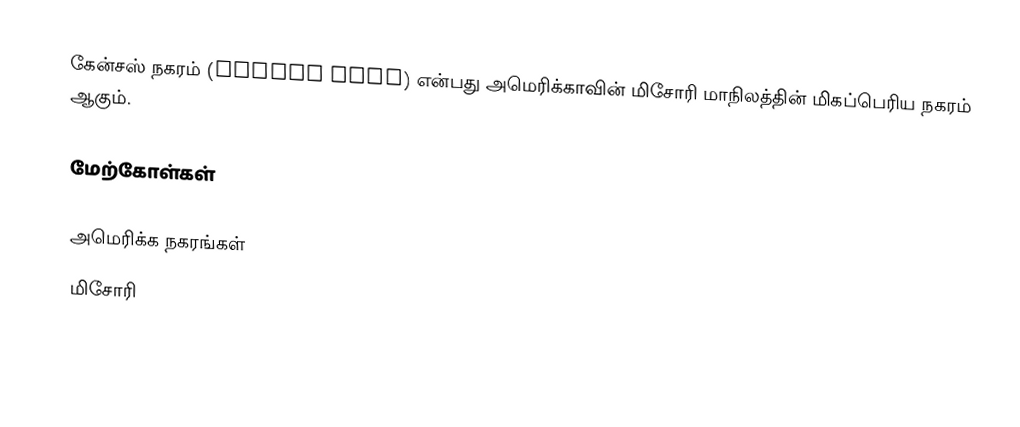
கேன்சஸ் நகரம் (Kansas City) என்பது அமெரிக்காவின் மிசோரி மாநிலத்தின் மிகப்பெரிய நகரம் ஆகும்.

மேற்கோள்கள்

அமெரிக்க நகரங்கள்
மிசோரி